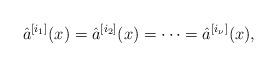
LaTeX: \begin{align*} \hat{a}^{[i_1]}(x)=\hat{a}^{[i_2]}(x)=\cdots=\hat{a}^{[i_\nu]}(x), \end{align*}